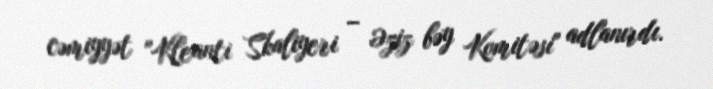
cəmiyyət "Kleanti Skaliyeri – Əziz bəy Komitəsi" adlanırdı.